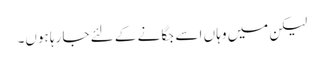
لیکن میں وہا ں اسے جگا نے کے لئے جا رہا ہوں۔